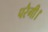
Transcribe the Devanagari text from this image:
परैगी।